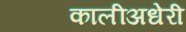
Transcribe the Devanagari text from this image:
कालीअधेरी